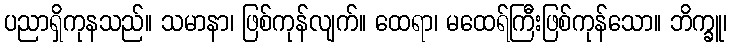
ပညာရှိကုနသည်။ သမာနာ၊ ဖြစ်ကုန်လျက်။ ထေရာ၊ မထေရ်ကြီးဖြစ်ကုန်သော။ ဘိက္ခူ၊